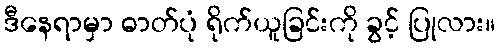
ဒီနေရာမှာ ဓာတ်ပုံ ရိုက်ယူခြင်းကို ခွင့် ပြုလား။